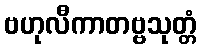
ဗဟုလီကာတဗ္ဗသုတ္တံ